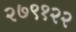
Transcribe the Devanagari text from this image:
२७९१२२